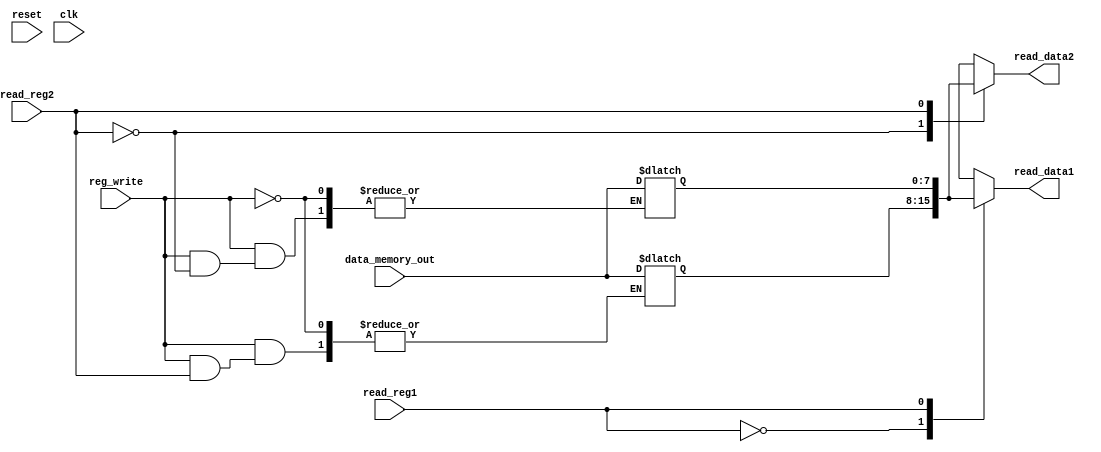
`timescale 1ns / 1ps
//////////////////////////////////////////////////////////////////////////////////
// Company: 
// Engineer: 
// 
// Design Name: 
// Module Name: register_bank
// Project Name: 
// Target Devices: 
// Tool Versions: 
// Description: 
// 
// Dependencies: 
// 
// Revision:
// Revision 0.01 - File Created
// Additional Comments:
// 
//////////////////////////////////////////////////////////////////////////////////
module register_bank (
    input reset,
    input clk, // clock input
    input read_reg1, // register read 1 />>>>> output_rs_reg from IR code
    input read_reg2, // register read 2
    input reg_write, // register write = ALU O/P to check if we should write back in a register
    //input reg_dst,
    input [7:0] data_memory_out, // output from data memory or can also be called Mux3
    //input [7:0] display_reg_write,
    output [7:0] read_data1, // read data 1 output
    output [7:0] read_data2// read data 2 output
    );

    
reg [7:0] registers[1:0]; // 2 registers

initial begin
registers[0] = 8'b00000010;
registers[1] = 8'b00000011;
//read_data1 = 8'b00000000;
//read_data2 = 8'b00000000;

end
assign read_data1 = registers[read_reg1];
assign read_data2 = registers[read_reg2];

always @(read_reg1 or read_reg2) begin
//    if (reset) begin
//        registers[0] <= 8'b00000010;
//        registers[1] <= 8'b00000011;
//    end
//    read_data1 <= registers[read_reg1];
//    read_data2 <= registers[read_reg2];
        if (reg_write) begin
            registers[read_reg2] = data_memory_out;
        end
//always @(negedge clk) begin
//    if (reg_write) begin
//        registers[read_reg2] = data_memory_out;
//end

end

endmodule